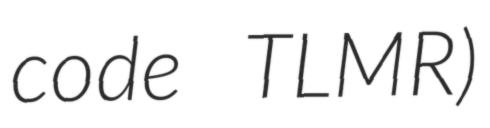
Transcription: code TLMR)